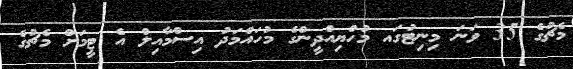
މެޗުގެ 35 ވަނަ މިނިޓުގައ މުހްޔިއްދީންގެ މުހައްމަދު އިސްމާއިލް އެ ޓީމަށް މެޗުގެ